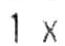
1X